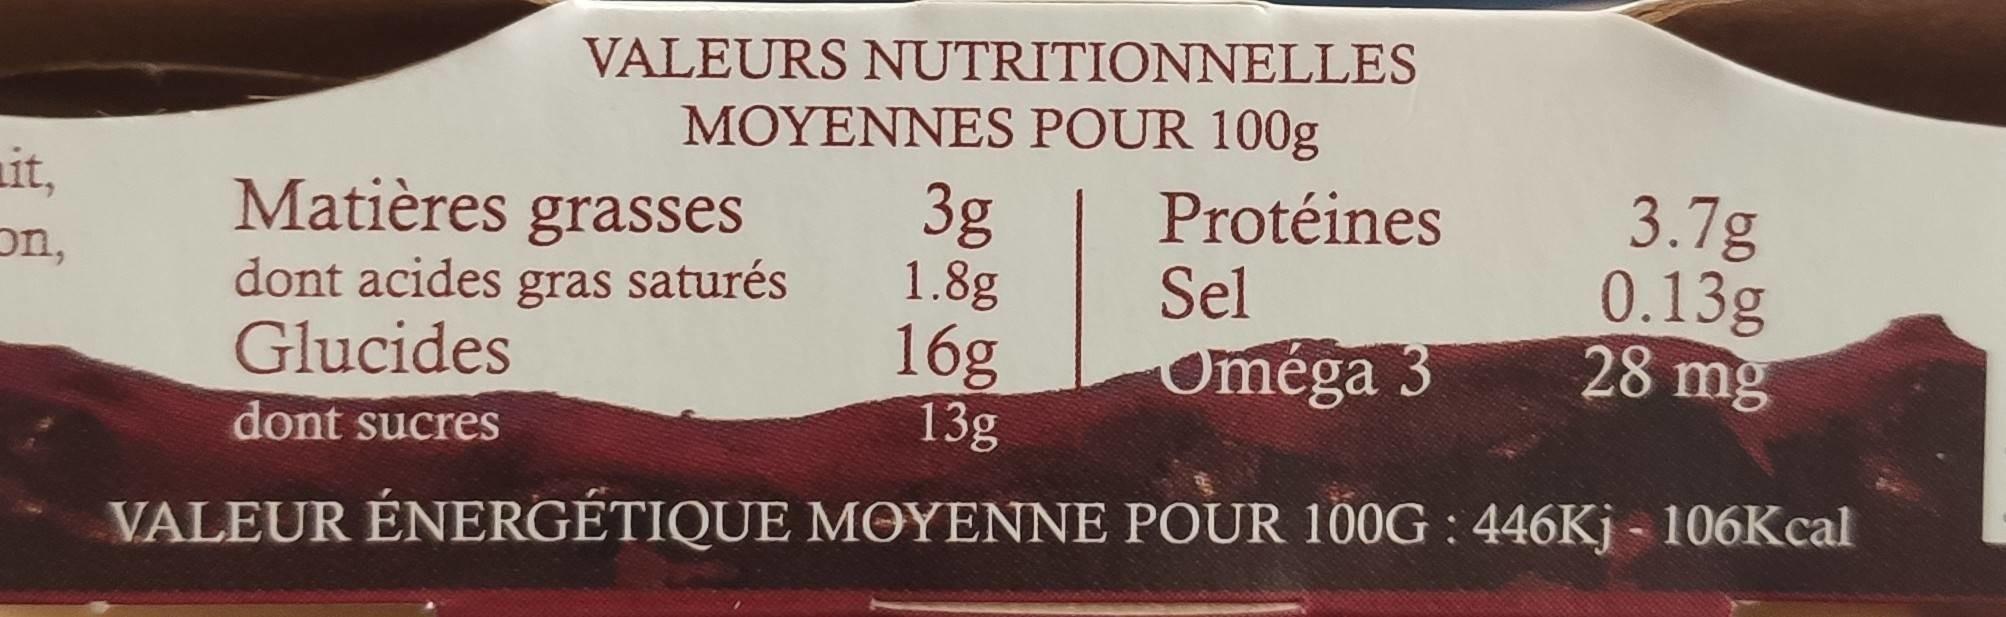
VALEURS NUTRITIONNELLES
MOYENNES POUR 100g Protéines Sel
3.7g 0.13g 28 mg
it, on,
3g 1.8g 16g 13g
Matières grasses saturés
dont acides
gras
Glucides
Oméga 3
dont sucres
VALEUR ÉNERGÉTIQUE MOYENNE POUR 100G : 446Kj - 106Kcal